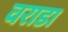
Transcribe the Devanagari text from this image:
वराडा